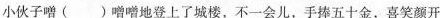
小伙子蹭()蹭蹭地登上了城楼，不一会儿，手捧五十金，喜笑颜开